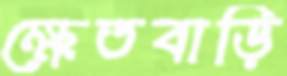
ক্ষেতবাড়ি